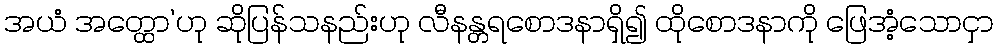
အယံ အတ္ထော’ဟု ဆိုပြန်သနည်းဟု လီနန္တရစောဒနာရှိ၍ ထိုစောဒနာကို ဖြေအံ့သောငှာ